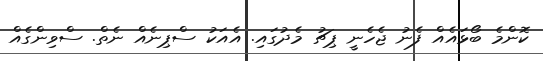
ކޮންމެ ބޯޅައެއް ފެނު ޖެހެނީ ޕިޗު މެދުގައި. އެއަކު ސްޕިނެއް ނެތް. ސްވިންގެއް